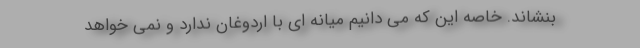
بنشاند. خاصه این که می دانیم میانه ای با اردوغان ندارد و نمی خواهد